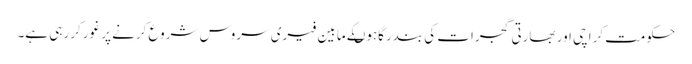
حکومت کراچی اور بھارتی گجرات کی بندرگاہوںکے مابین فیری سروس شروع کرنے پر غورکر رہی ہے۔